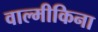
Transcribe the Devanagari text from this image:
वाल्मीकिना